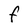
Character: F